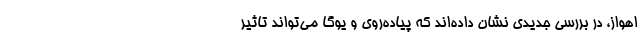
اهواز، در بررسی جدیدی نشان داده‌اند که پیاده‌روی و یوگا می‌تواند تاثیر